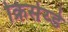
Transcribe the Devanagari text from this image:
क्रिसेय्डे